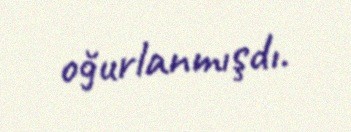
oğurlanmışdı.